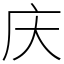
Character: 庆